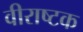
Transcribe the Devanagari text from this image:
वीराष्टक